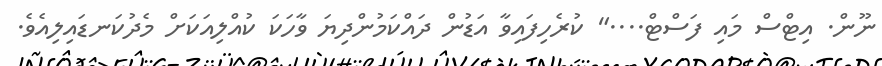
ނޫން. އިޓްސް މައި ފަސްޓް...." ކުރެހިފައިވާ އަޑުން ދައްކަމުންދިޔަ ވާހަކަ ކުއްލިއަކަށް މެދުކަނޑައިލިއެވެ.